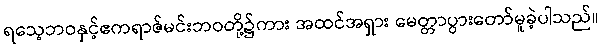
ရသေ့ဘဝနှင့်ဧကရာဇ်မင်းဘဝတို့၌ကား အထင်အရှား မေတ္တာပွားတော်မူခဲ့ပါသည်။